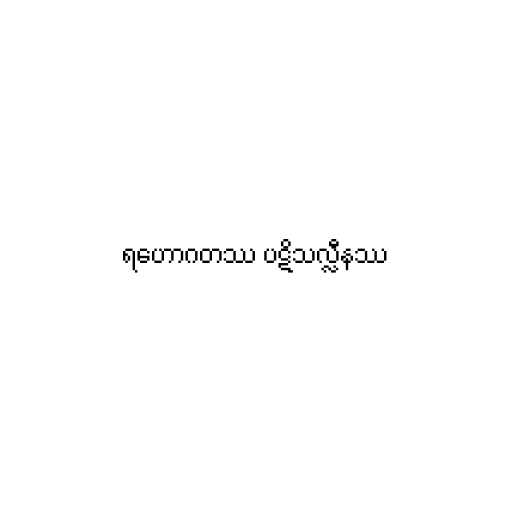
ရဟောဂတဿ ပဋိသလ္လီနဿ